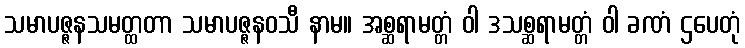
သမာပဇ္ဇနသမတ္ထတာ သမာပဇ္ဇနဝသီ နာမ။ အစ္ဆရာမတ္တံ ဝါ ဒသစ္ဆရာမတ္တံ ဝါ ခဏံ ဌပေတုံ